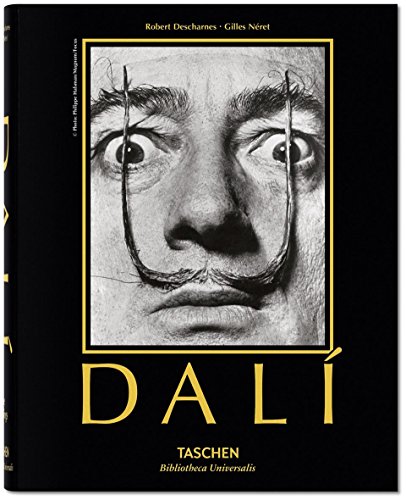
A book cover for DalÃ­: The Paintings; Robert Descharnes; Arts & Photography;